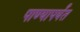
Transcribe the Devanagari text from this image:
पाण्यापर्यंत